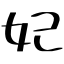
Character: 妃